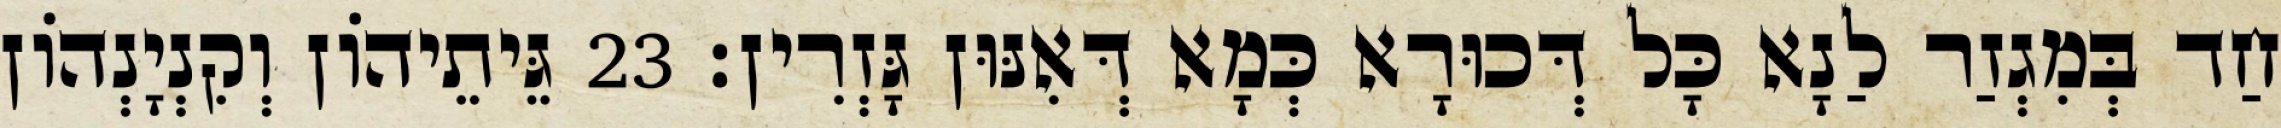
חַד בְּמִגְזַר לַנָא כָּל דְּכוּרָא כְּמָא דְּאִנּוּן גָּזְרִין׃ 23 גֵּיתֵיהוֹן וְקִנְיָנְהוֹן